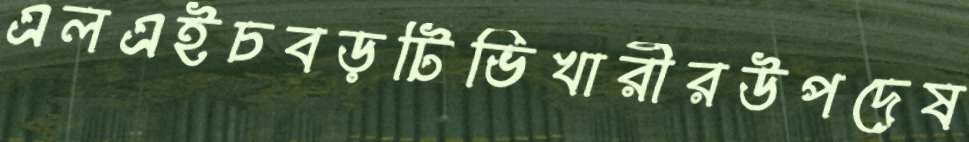
এলএইচবড়টিভিখারীরউপদেষ